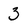
Character: 3